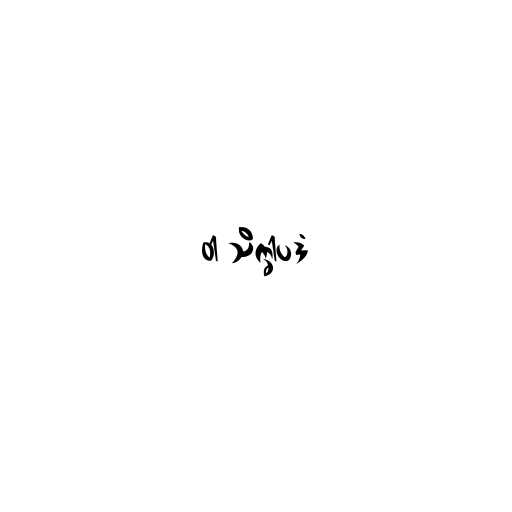
ဝါ သိက္ခါပဒံ